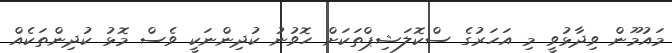
މައުމޫން ވިދާޅުވީ މި އަހަރުގެ ސްކޮލަޝިޕްތަކަށް ހޮވުނު ކުދިންނަކީ ވެސް މޮޅު ކުދިންތަކެއް